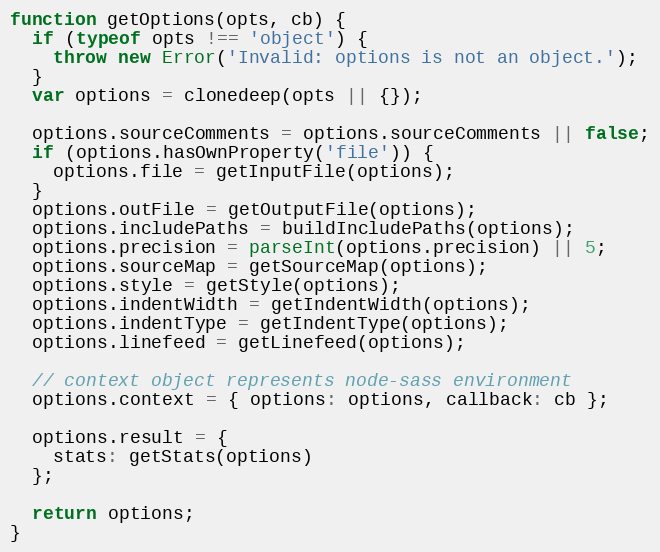
Language: JavaScript
function getOptions(opts, cb) {
  if (typeof opts !== 'object') {
    throw new Error('Invalid: options is not an object.');
  }
  var options = clonedeep(opts || {});

  options.sourceComments = options.sourceComments || false;
  if (options.hasOwnProperty('file')) {
    options.file = getInputFile(options);
  }
  options.outFile = getOutputFile(options);
  options.includePaths = buildIncludePaths(options);
  options.precision = parseInt(options.precision) || 5;
  options.sourceMap = getSourceMap(options);
  options.style = getStyle(options);
  options.indentWidth = getIndentWidth(options);
  options.indentType = getIndentType(options);
  options.linefeed = getLinefeed(options);

  // context object represents node-sass environment
  options.context = { options: options, callback: cb };

  options.result = {
    stats: getStats(options)
  };

  return options;
}